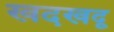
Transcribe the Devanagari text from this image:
खदखदू